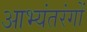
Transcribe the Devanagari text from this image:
आभ्यंतरंगों